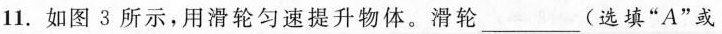
11.如图3所示，用滑轮匀速提升物体。滑轮___(选填”A”或